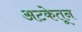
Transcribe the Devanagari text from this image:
अटकेतून